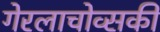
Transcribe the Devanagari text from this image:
गेरलाचोव्सकी